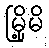
မြို့မိ